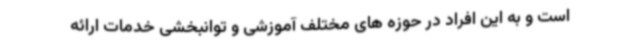
است و به این افراد در حوزه های مختلف آموزشی و توانبخشی خدمات ارائه